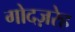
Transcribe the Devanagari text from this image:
गोदज़रेह